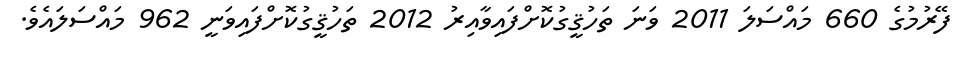
ފޭރުމުގެ 660 މައްސަލަ 2011 ވަނަ ތަހުޤީގުކޮށްފައިވާއިރު 2012 ތަހުޤީގުކޮށްފައިވަނީ 962 މައްސަލައެވެ.